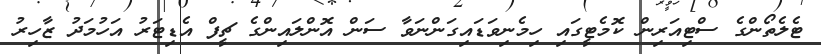
ޓެލެތޯންގެ ސްޓިއަރިން ކޮމެޓީގައި ހިމެނިވަޑައިގަންނަވާ ސަން އޮންލައިންގެ ޗީފް އެޑިޓަރު އަހުމަދު ޒާހިރު